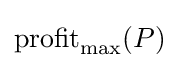
{\text{profit}}_{\text{max}}(P)